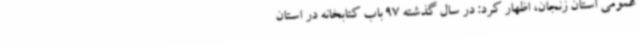
عمومی استان زنجان، اظهار کرد: در سال گذشته 97 باب کتابخانه در استان